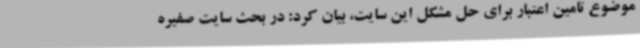
موضوع تامین اعتبار برای حل مشکل این سایت، بیان کرد: در بحث سایت صفیره